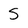
Character: S